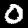
Label: 0